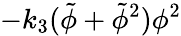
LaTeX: -k_{3}(\tilde{\phi}+\tilde{\phi}^{2})\phi^{2}